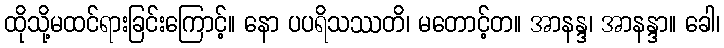
ထိုသို့မထင်ရားခြင်းကြောင့်။ နော ပပရိသဿတိ၊ မတောင့်တ။ အာနန္ဒ၊ အာနန္ဒာ။ ခေါ၊